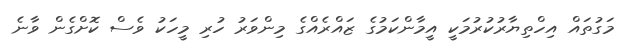
މަގުތައް އިހްތިޔާރުކުރުމަކީ އީމާންކަމުގެ ޒައްރެއްގެ މިންވަރު ހުރި މީހަކު ވެސް ކޮށްގެން ވާނެ